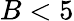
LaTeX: B<5